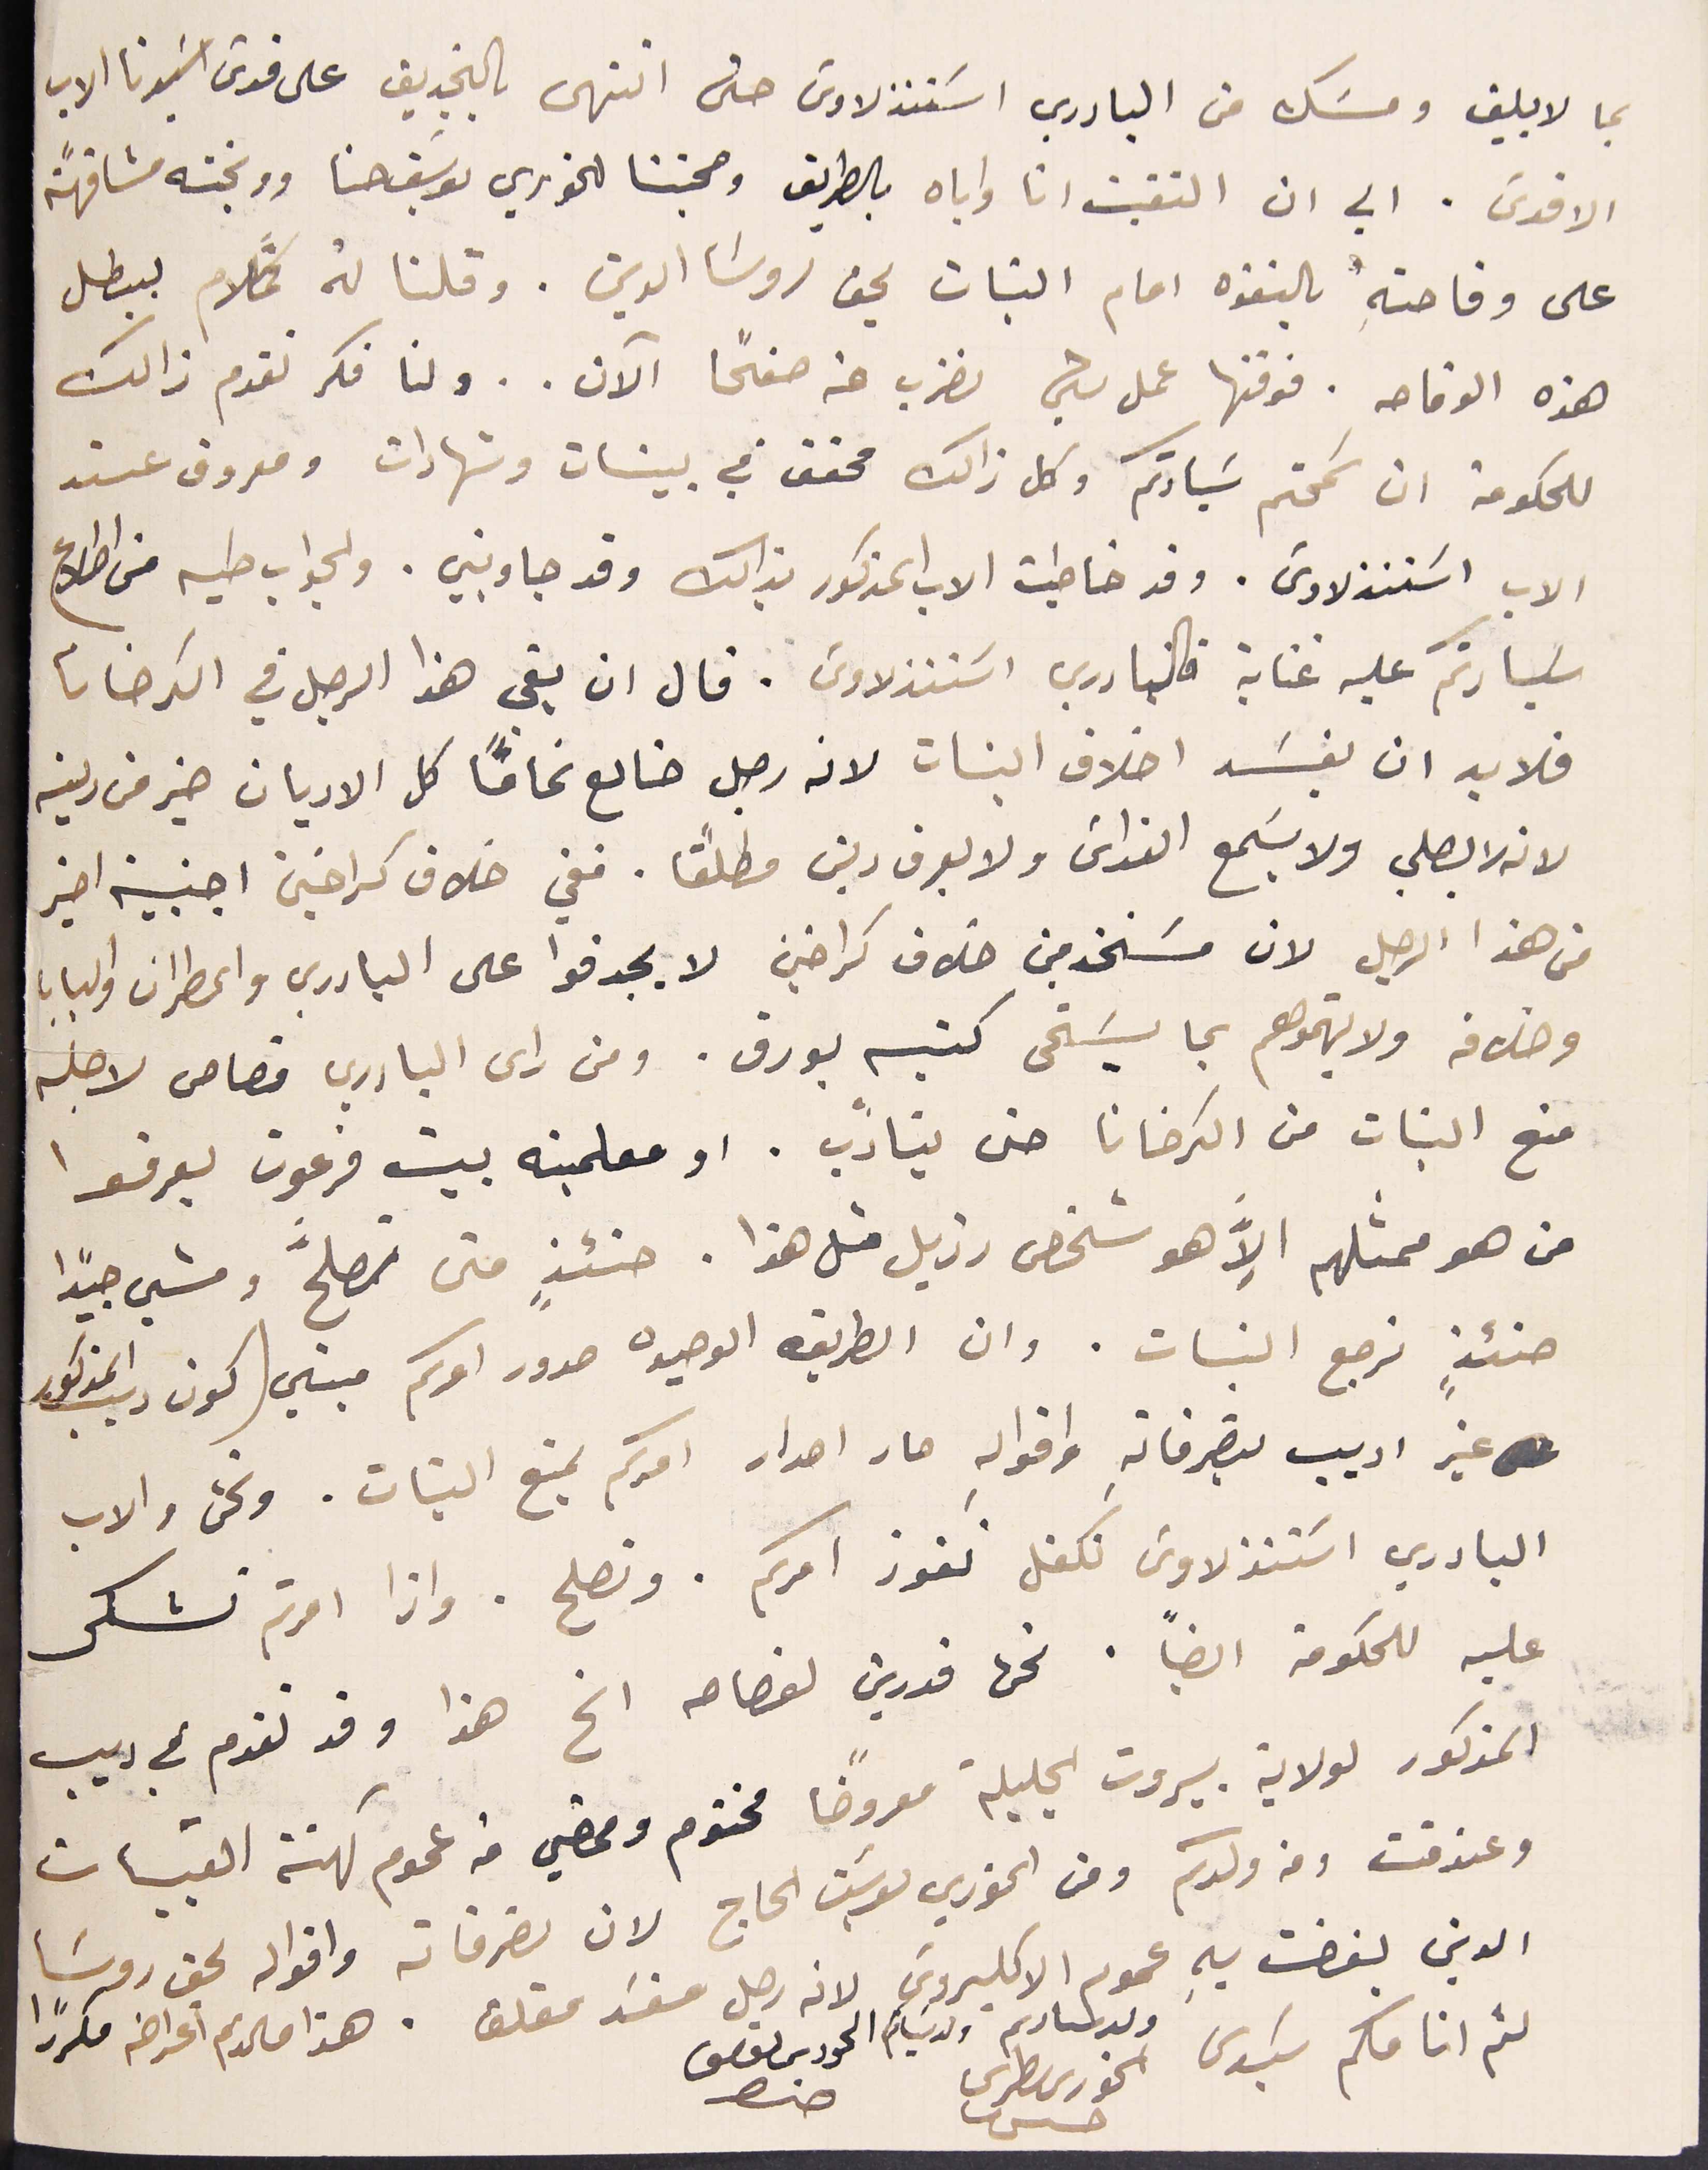
بما لا يليق ومسَك من البادري اسَتنذلاوسَ حتى انتهى بالتجديف على قدسَ اسَيدنا الاب
الاقدسَ. الي ان التقيت انا واياه بالطريق وصحبتنا للخوري يوسَف حنا ووبخته مشافهًة
على وقاحتهِ بالتفوه امام البنات بحق روسَا الدين. وقلنا لهُ كلام ببطل
هذه الوقاحه. فوقتها عمل شيئ نضرب عنه صفحًا الآن.. ولنا فكر نقدم ذالك
للحكومة ان سَمحتم سَيادتكم وكل ذالك محقق في بينات وشهادات ومعروف عند
الاب اسَتنذلاوسَ. وقد خاطبت الاب المذكور بذالك وقد جاوبني. والجواب طيه من اطلاع
سَيادتكم عليه عناية فالبادري اسَتنذلاوسَ. قال ان بقى هذا الرجل في الكرخانا
فلا بد ان يفسَد اخلاق البنات لانه رجل ضاىع تمامًا كل الاديان خير من دينه
لانه لا بصلي ولا يسَمع القداسَ ولا يعرف دين مطلقًا. ففي خلاف كراخين اجنبية اخير
من هذا الرجل لان مسَتخدمين خلاف كراخين لا يجدفوا على البادري والمطران والبابا
وخلافه ولا يتهموهم بما يسَتحى كنيسه بورق. ومن راى البادري قصاص لاجله
منع البنات من الكرخانا حتى يتأدب. او معلمينه بيت فرعون يعرفوا
من هو ممثلهم الاََّ هو شخص رزيل متل هذا. حنئذٍ متى تصلح ومشي جيدًا
حنئذٍ نرجع النبات. وان الطريقه الوحيده صدور امركم مبني (كون ديب المذكور
غير اديب بتصرفاتهِ واقوالهِ صار اصدار امركم بمنع البنات. ونحن والاب
البادري اسَتنذلاوسَ نكفل نفوز امركم. ونصلح. واذا امرتم نشكى
 عليه للحكومة ايضًا. نحن قدرين لفصامه الخ هذا وقد تقدم في ديب
المذكور لولاية بيروت الجليلة معروضًا مختوم وممضي من عموم كهنة القبيات
وعندقت ومن ولدكم ومن الخوري يوسَف الحاج لان تصرفاته واقواله ىحق روسَا
الدين بغضت بهِ عموم الاكليروسَ لانه رجل مفسَد مقلق. هذا مالزم اعراضه مكررًا
لثم انامكم سَيدى
ولد سيادتم ولد سَياكم الحورى ىوسَف
الخورى ىطرس حىىش              حنا